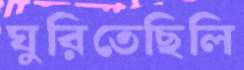
ঘুরিতেছিলি